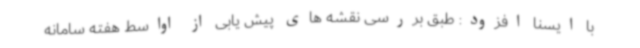
با ایسنا افزود: طبق بررسی‌ نقشه های پیش یابی از اواسط هفته سامانه